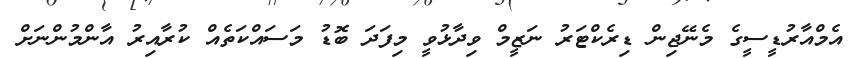
އެމްއާރުޑީސީގެ މެނޭޖިން ޑިރެކްޓަރު ނަޒީމް ވިދާޅުވީ މިފަދަ ބޮޑު މަސައްކަތެއް ކުރާއިރު އާންމުންނަށް